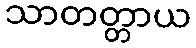
သာတတ္တာယ